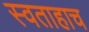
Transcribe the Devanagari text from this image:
स्वताहाच